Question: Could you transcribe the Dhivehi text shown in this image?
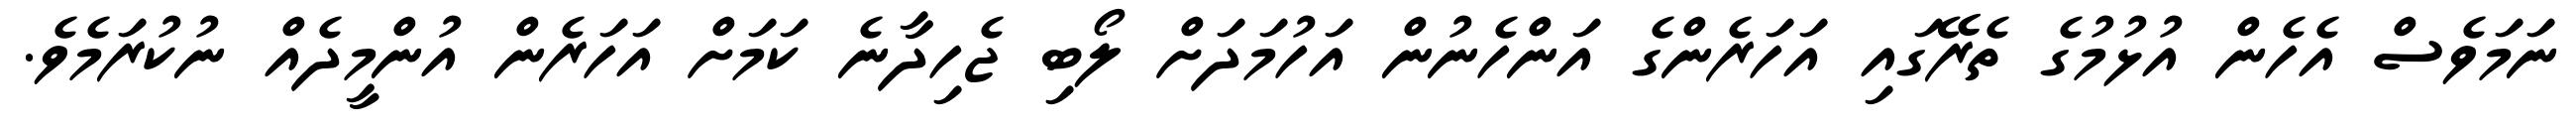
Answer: ނަމަވެސް އެހެން އުޅުމުގެ ތެރޭގައި އަހަރެންގެ އަންހެނުން އަހުމަދަށް ލޯބި ޖެހިދާނެ ކަމަށް އަހަރެން އުންމީދެއް ނުކުރަމެވެ.